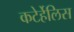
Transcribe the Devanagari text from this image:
कटेर्हेलिस